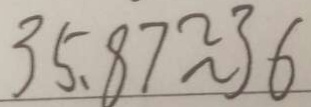
3 5 . 8 7 \approx 3 6